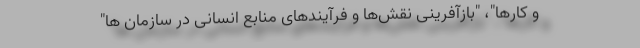
و کارها"، "بازآفرینی نقش‌ها و فرآیند‌های منابع انسانی در سازمان ها"